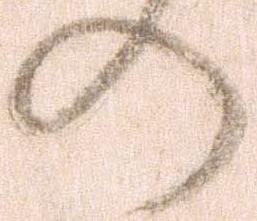
の